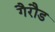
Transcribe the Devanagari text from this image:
गैरौड